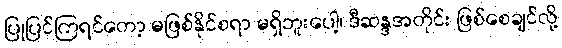
ပြုပြင်ကြရင်တော့ မဖြစ်နိုင်စရာ မရှိဘူးပေါ့၊ ဒီဆန္ဒအတိုင်း ဖြစ်စေချင်လို့